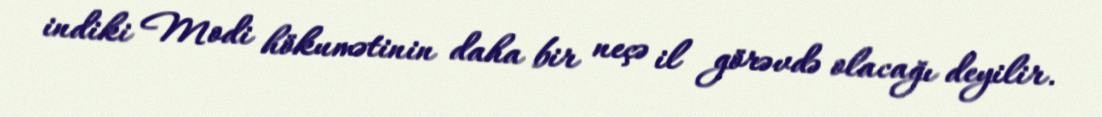
indiki Modi hökumətinin daha bir neçə il görəvdə olacağı deyilir.